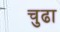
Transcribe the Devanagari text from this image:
चुढा